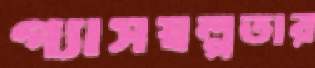
গ্যাসস্বল্পতার